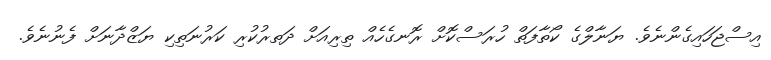
އިސްޖަހައިގެންނެވެ. ޔަނާލްގެ ކޯތާފަތް ހުރަސްކޮށް ރޮނގެހެއް ތިރިއަށް ދަތރުކުރި ކަރުނަތިކި ޔަޒްދާނަށް ފެނުނެވެ.